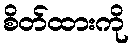
စိတ်ထားကို